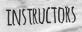
INSTRUCTORS